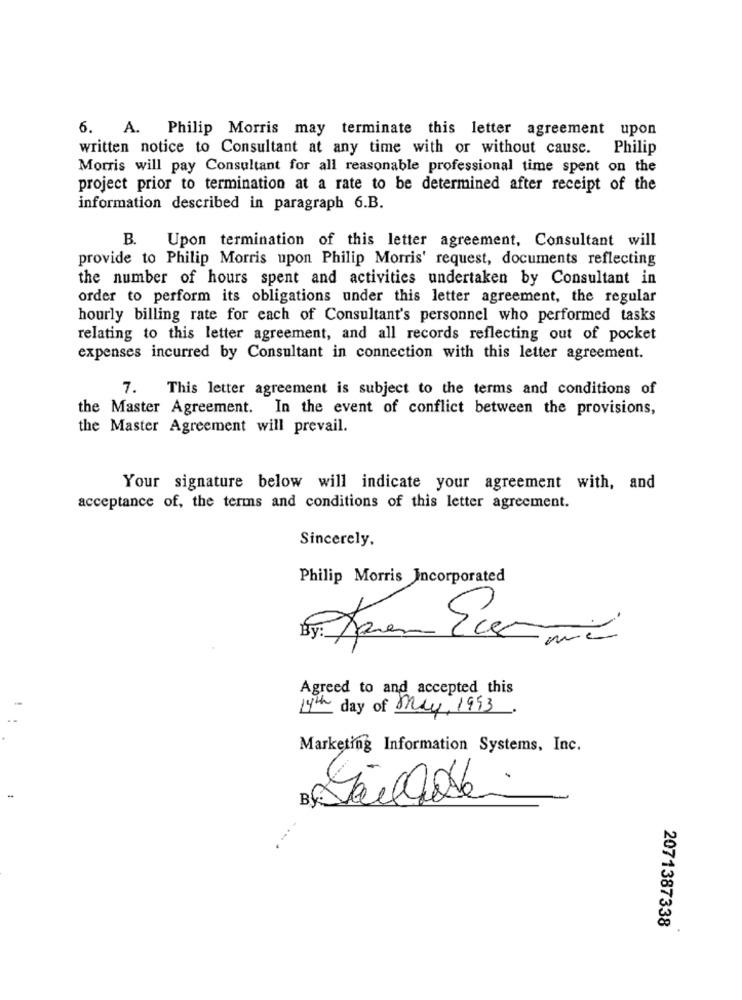
6. A.
Philip Morris may terminate this letter agreement upon
written notice to Consultant at any time with or without cause. Philip
Morris will pay Consultant for all reasonable professional time spent on the
project prior to termination at a rate to be determined after receipt of the
information described in paragraph 6.B.
B.
Upon termination of this letter agreement, Consultant will
provide to Philip Morris upon Philip Morris' request, documents reflecting
the number of hours spent and activities undertaken by Consultant in
order to perform its obligations under this letter agreement, the regular
hourly billing rate for each of Consultant's personnel who performed tasks
relating to this letter agreement, and all records reflecting out of pocket
expenses incurred by Consultant in connection with this letter agreement.
7.
This letter agreement is subject to the terms and conditions of
the Master Agreement. In the event of conflict between the provisions,
the Master Agreement will prevail.
Your signature below will indicate your agreement with, and
acceptance of, the terms and conditions of this letter agreement.
Sincerely,
Philip Morris Incorporated
Agreed to and accepted this
14th day of May, 1993
Marketing Information Systems, Inc.
ça
...*
2071387338